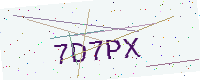
Text: 7D7PX